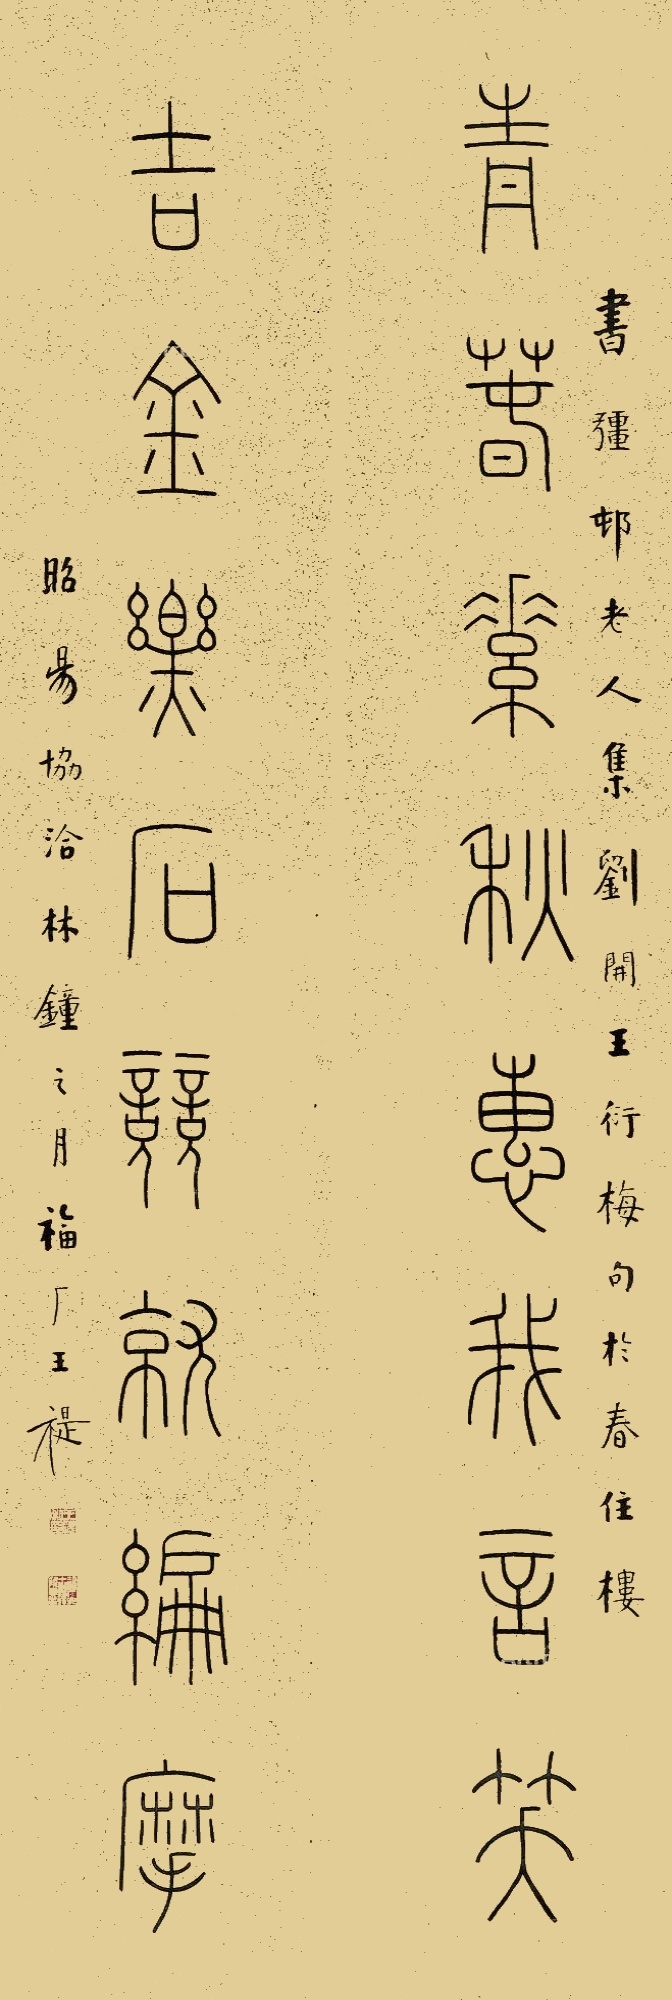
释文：青春素秋惠我言笑，吉金乐石竞就编摩。书强邨老人集刘开王衍梅句于春住楼。昭昜协洽林钟之月，福厂王禔。